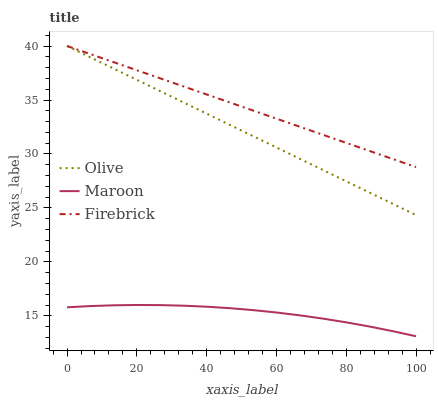
| xaxis_label | Olive | Maroon | Firebrick |
 | --- | --- | --- | --- |
 | 0 | 40 | 15.8 | 40 |
 | 6.67 | 39 | 15.9 | 39.3 |
 | 13.3 | 37.9 | 16 | 38.5 |
 | 20 | 36.9 | 16 | 37.8 |
 | 26.7 | 35.8 | 16 | 37 |
 | 33.3 | 34.8 | 16 | 36.3 |
 | 40 | 33.7 | 15.9 | 35.5 |
 | 46.7 | 32.7 | 15.7 | 34.8 |
 | 53.3 | 31.6 | 15.5 | 34 |
 | 60 | 30.6 | 15.3 | 33.3 |
 | 66.7 | 29.6 | 15.1 | 32.5 |
 | 73.3 | 28.5 | 14.8 | 31.8 |
 | 80 | 27.5 | 14.4 | 31 |
 | 86.7 | 26.4 | 14 | 30.3 |
 | 93.3 | 25.4 | 13.6 | 29.5 |
 | 100 | 24.3 | 13.1 | 28.8 |